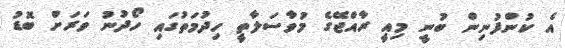
އެ ކުންފުނިން ބުނީ މިއީ ރާއްޖޭގެ މުވާސަލާތީ ހިދުމަތުގައި ހޯދުނު ވަރަށް ބޮޑު